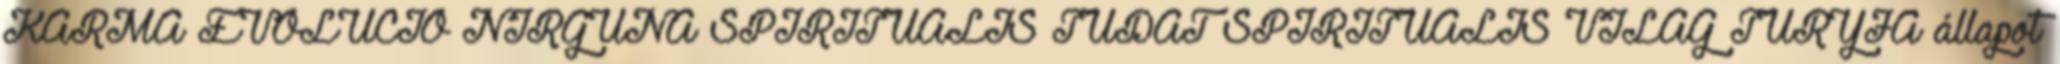
KARMA EVOLÚCIÓ NIRGUNA SPIRITUÁLIS TUDAT SPIRITUÁLIS VILÁG TURYJA állapot